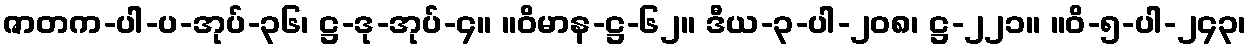
ဇာတက-ပါ-ပ-အုပ်-၃၆၊ ဋ္ဌ-ဒု-အုပ်-၄။ ။ဝိမာန-ဋ္ဌ-၆၂။ ဒီယ-၃-ပါ-၂၀၈၊ ဋ္ဌ-၂၂၁။ ။ဝိ-၅-ပါ-၂၄၃၊